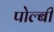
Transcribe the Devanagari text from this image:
पोल्बी